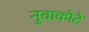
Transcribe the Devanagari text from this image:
नुवाकोटे